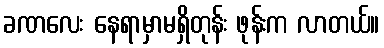
ခဏလေး နေရာမှာမရှိတုန်း ဖုန်းက လာတယ်။